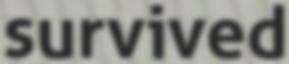
survived